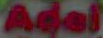
Acai